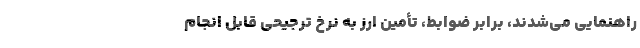
راهنمایی می‌شدند، برابر ضوابط، تأمین ارز به نرخ ترجیحی قابل انجام